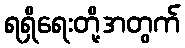
ရရှိရေးတို့အတွက်